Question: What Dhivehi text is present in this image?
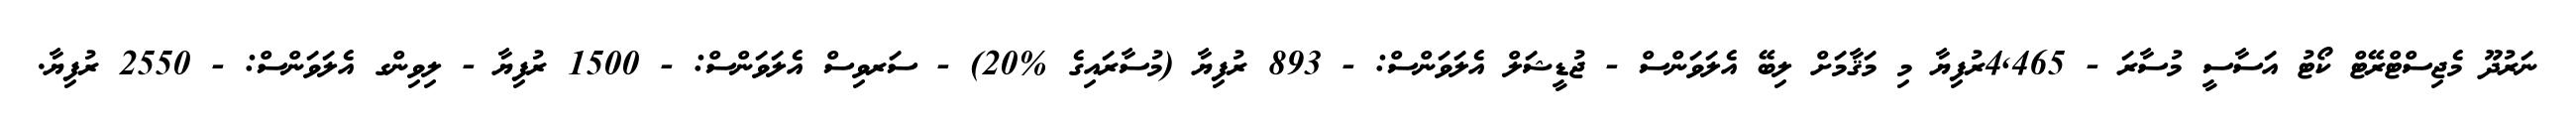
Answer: ނަރުދޫ މެޖިސްޓްރޭޓް ކޯޓު އަސާސީ މުސާރަ - 4,465ރުފިޔާ މި މަޤާމަށް ލިބޭ އެލަވަންސް - ޖުޑީޝަލް އެލަވަންސް: - 893 ރުފިޔާ (މުސާރައިގެ %20) - ސަރވިސް އެލަވަންސް: - 1500 ރުފިޔާ - ލިވިންގ އެލަވަންސް: - 2550 ރުފިޔާ.